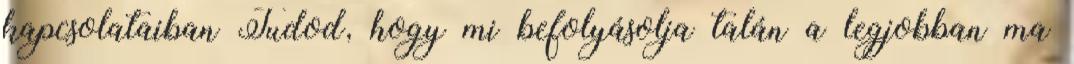
kapcsolataiban Tudod, hogy mi befolyásolja talán a legjobban ma